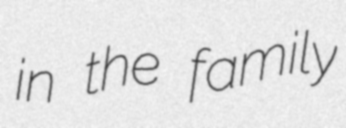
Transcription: in the family